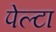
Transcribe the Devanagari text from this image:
पेल्टा